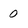
Character: 0